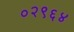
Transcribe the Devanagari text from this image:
०२९६४